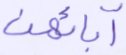
آبائهن